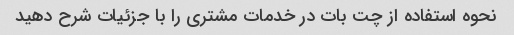
نحوه استفاده از چت بات در خدمات مشتری را با جزئیات شرح دهید